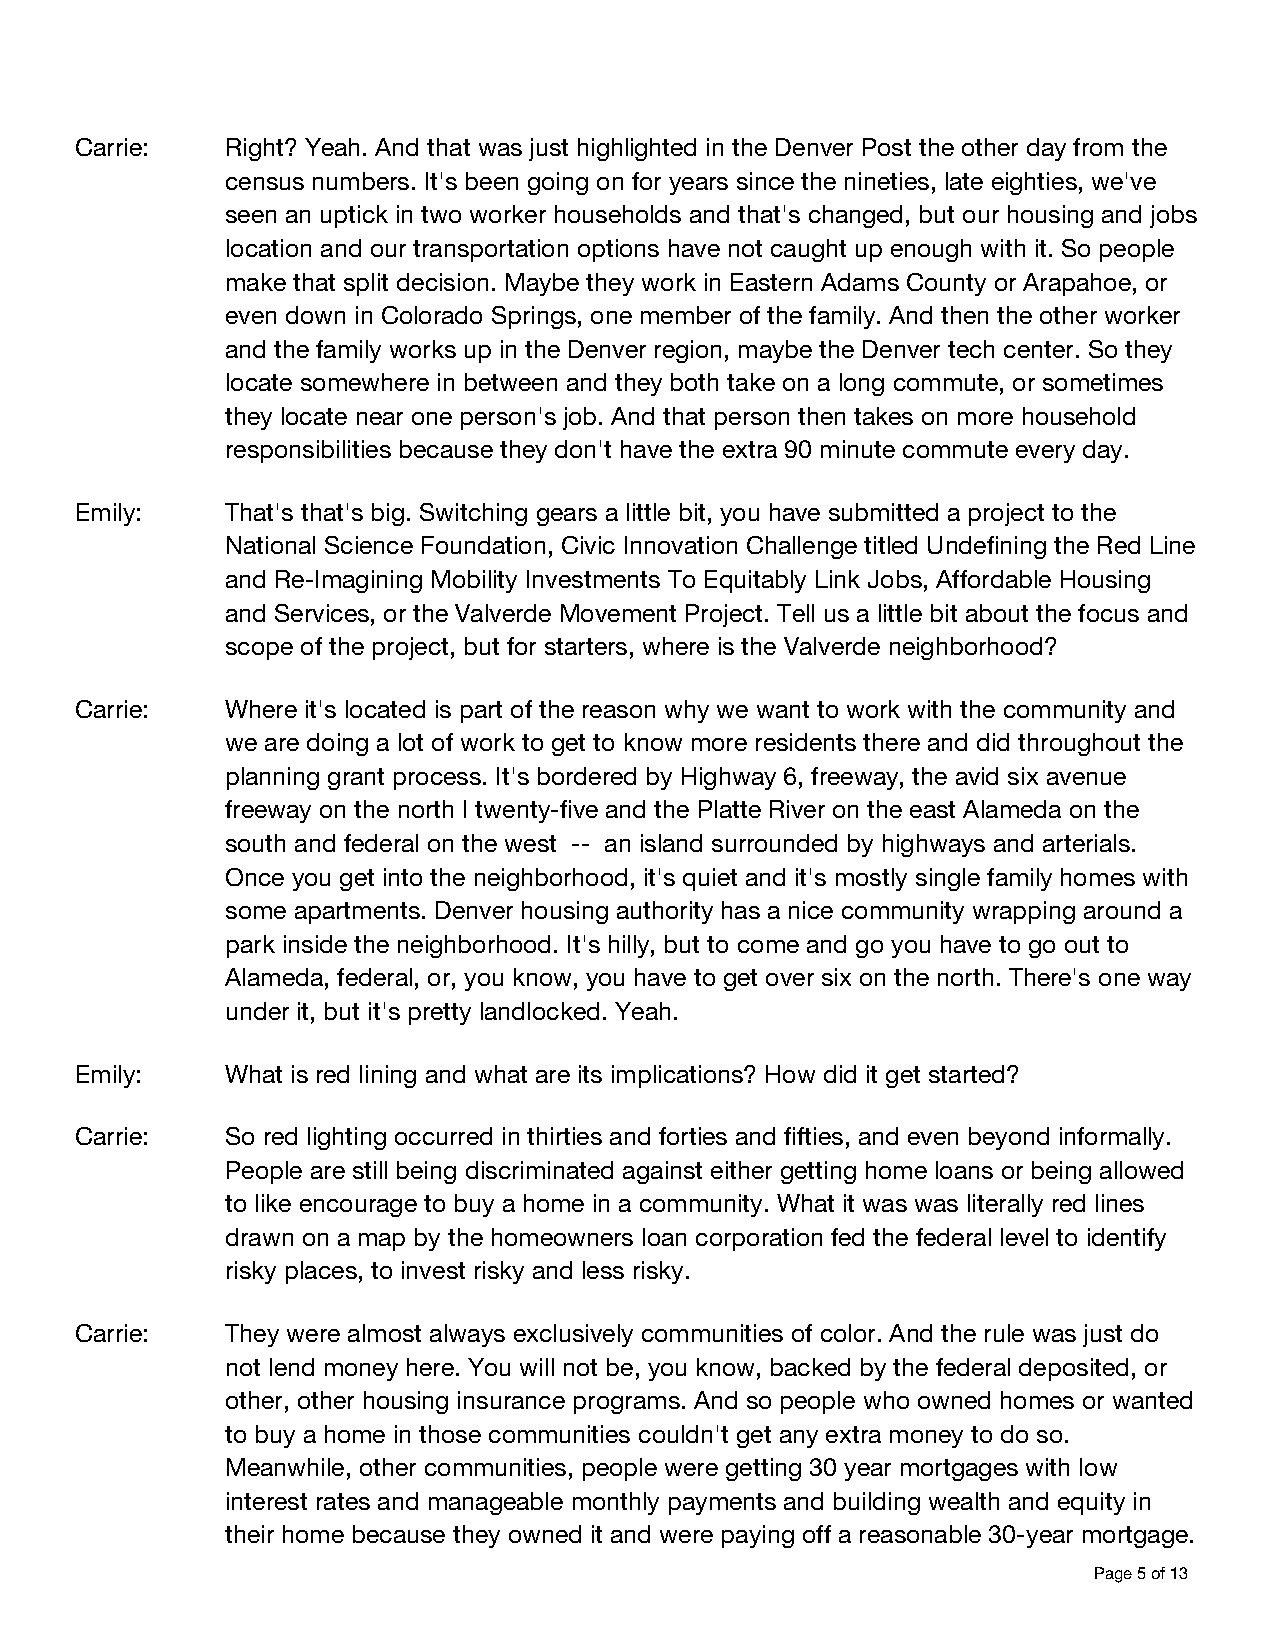
Carrie:   Right? Yeah. And that was just highlighted in the Denver Post the other day from the
 census numbers. It's been going on for years since the nineties, late eighties, we've
 seen an uptick in two worker households and that's changed, but our housing and jobs
 location and our transportation options have not caught up enough with it. So people
 make that split decision. Maybe they work in Eastern Adams County or Arapahoe, or
 even down in Colorado Springs, one member of the family. And then the other worker
 and the family works up in the Denver region, maybe the Denver tech center. So they
 locate somewhere in between and they both take on a long commute, or sometimes
 they locate near one person's job. And that person then takes on more household
 responsibilities because they don't have the extra 90 minute commute every day.
 Emily:    That's that's big. Switching gears a little bit, you have submitted a project to the
 National Science Foundation, Civic Innovation Challenge titled Undefining the Red Line
 and Re-Imagining Mobility Investments To Equitably Link Jobs, Affordable Housing
 and Services, or the Valverde Movement Project. Tell us a little bit about the focus and
 scope of the project, but for starters, where is the Valverde neighborhood?
 Carrie:   Where it's located is part of the reason why we want to work with the community and
 we are doing a lot of work to get to know more residents there and did throughout the
 planning grant process. It's bordered by Highway 6, freeway, the avid six avenue
 freeway on the north I twenty-five and the Platte River on the east Alameda on the
 south and federal on the west -- an island surrounded by highways and arterials.
 Once you get into the neighborhood, it's quiet and it's mostly single family homes with
 some apartments. Denver housing authority has a nice community wrapping around a
 park inside the neighborhood. It's hilly, but to come and go you have to go out to
 Alameda, federal, or, you know, you have to get over six on the north. There's one way
 under it, but it's pretty landlocked. Yeah.
 Emily:    What is red lining and what are its implications? How did it get started?
 Carrie:   So red lighting occurred in thirties and forties and fifties, and even beyond informally.
 People are still being discriminated against either getting home loans or being allowed
 to like encourage to buy a home in a community. What it was was literally red lines
 drawn on a map by the homeowners loan corporation fed the federal level to identify
 risky places, to invest risky and less risky.
 Carrie:   They were almost always exclusively communities of color. And the rule was just do
 not lend money here. You will not be, you know, backed by the federal deposited, or
 other, other housing insurance programs. And so people who owned homes or wanted
 to buy a home in those communities couldn't get any extra money to do so.
 Meanwhile, other communities, people were getting 30 year mortgages with low
 interest rates and manageable monthly payments and building wealth and equity in
 their home because they owned it and were paying off a reasonable 30-year mortgage.
 Page 5 of 13